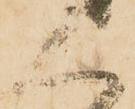
人